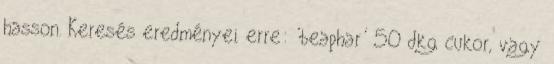
hasson. Keresés eredményei erre: 'beaphar' 50 dkg cukor, vagy